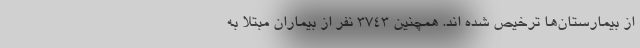
از بیمارستان‌ها ترخیص شده اند. همچنین ۳۷۴۳ نفر از بیماران مبتلا به